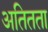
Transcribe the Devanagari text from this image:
अतितता